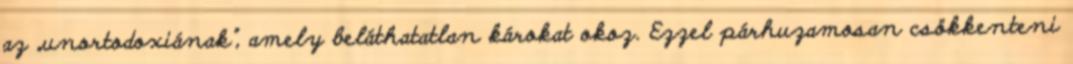
az „unortodoxiának”, amely beláthatatlan károkat okoz. Ezzel párhuzamosan csökkenteni